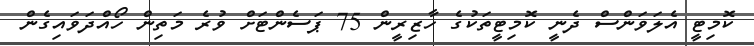
ކޮމިޓީ އެލަވަންސް ދެނީ ކޮމިޓީތަކުގެ ހާޒިރީން 75 ޕަސެންޓަށް ވުރެ މަތިން ހޯއްދަވައިގެން